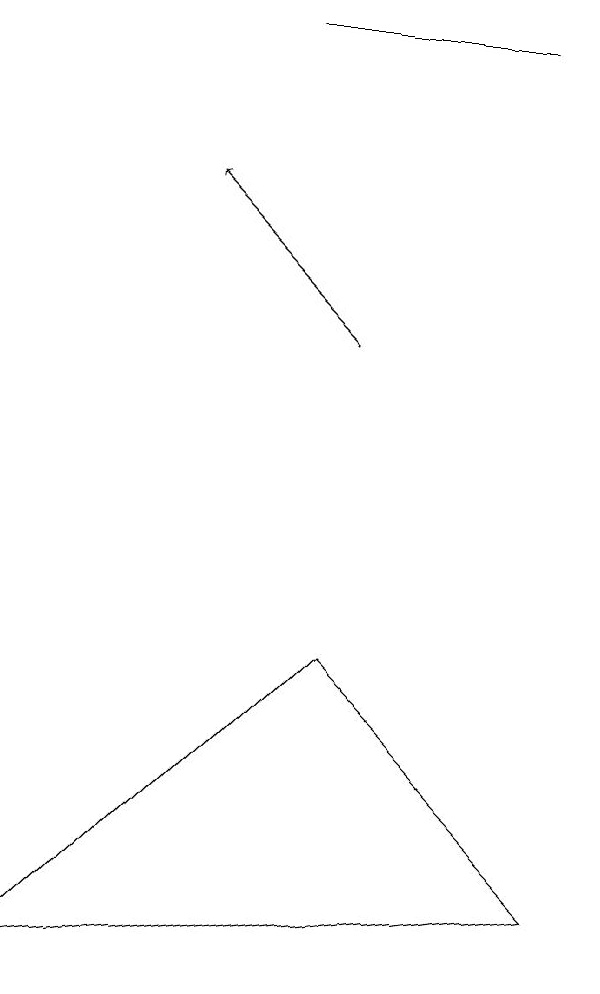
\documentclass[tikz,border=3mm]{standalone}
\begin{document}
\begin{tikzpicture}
\draw (7,4) -- (4,7) -- (0,3) -- cycle;
\draw (6,15) rectangle (3,15);
\draw[->] (4,11) -- (2,13);
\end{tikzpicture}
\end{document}